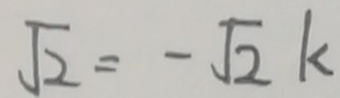
\sqrt { 2 } = - \sqrt { 2 } k